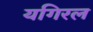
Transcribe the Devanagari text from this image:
यगिरल